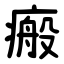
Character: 瘢